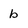
Character: b